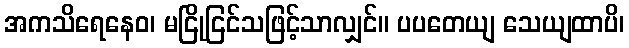
အကသိရေနေဝ၊ မငြိုငြင်သဖြင့်သာလျှင်။ ပပတေယျ သေယျထာပိ၊